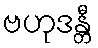
ဗဟုဒန္တီ